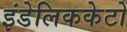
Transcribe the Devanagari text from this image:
इंडेलिककेटो